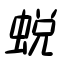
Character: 蛻